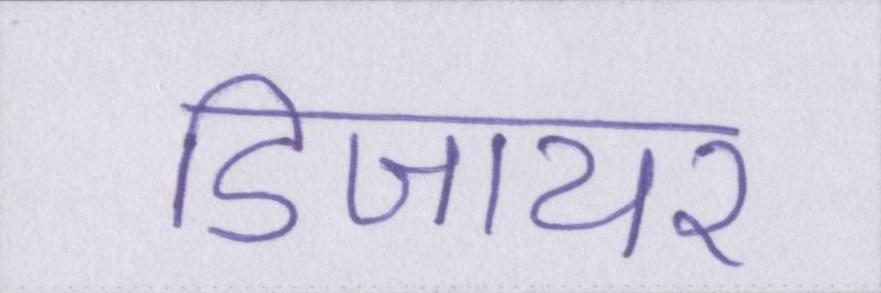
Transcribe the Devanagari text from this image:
डिजायर